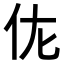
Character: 𬽩